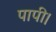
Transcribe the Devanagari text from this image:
पापी।